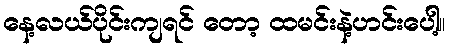
နေ့လယ်ပိုင်းကျရင် တော့ ထမင်းနဲ့ဟင်းပေါ့။